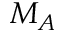
M _ { A }